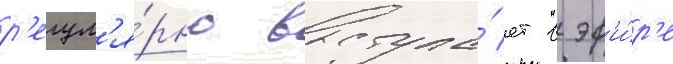
р'егул'я́рно выступа́ет в эф'и́р'е